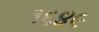
૧૬૪૯